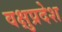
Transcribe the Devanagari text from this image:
वक्षुप्रदेश